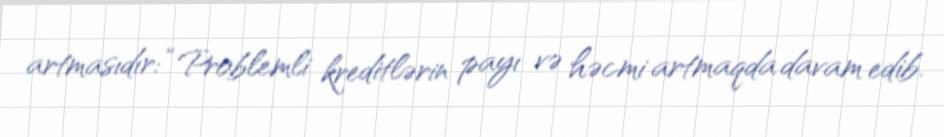
artmasıdır: “Problemli kreditlərin payı və həcmi artmaqda davam edib.